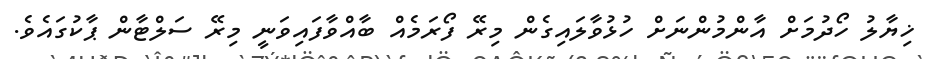
ޚިޔާލު ހޯދުމަށް އާންމުންނަށް ހުޅުވާލައިގެން މިރޭ ފޯރަމެއް ބާއްވާފައިވަނީ މިރޭ ސަލްޓާން ޕާކުގައެވެ.